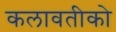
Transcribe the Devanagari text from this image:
कलावतीको